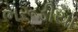
ભરૂડીયા